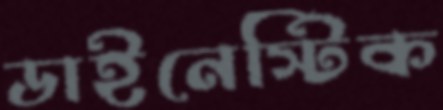
ডাইনেস্টিক